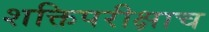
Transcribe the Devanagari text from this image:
शक्तिपरीक्षाच